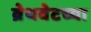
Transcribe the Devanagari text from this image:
ब्रेथवेटच्या